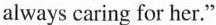
always caring for her." C. talk with D.look after